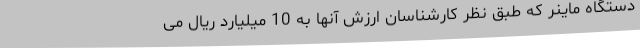
دستگاه ماینر که طبق نظر کارشناسان ارزش آنها به 10 میلیارد ریال می